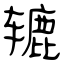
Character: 辘